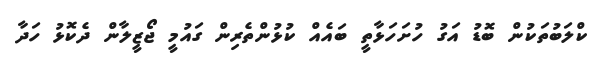
ކްލަބުތަކުން ބޮޑު އަގު ހުށަހަޅާތީ ބައެއް ކުޅުންތެރިން ގައުމީ ޖޯޒީލާން ދެކޮޅު ހަދާ